Leningradi_Edasi_toimetus, lk 215
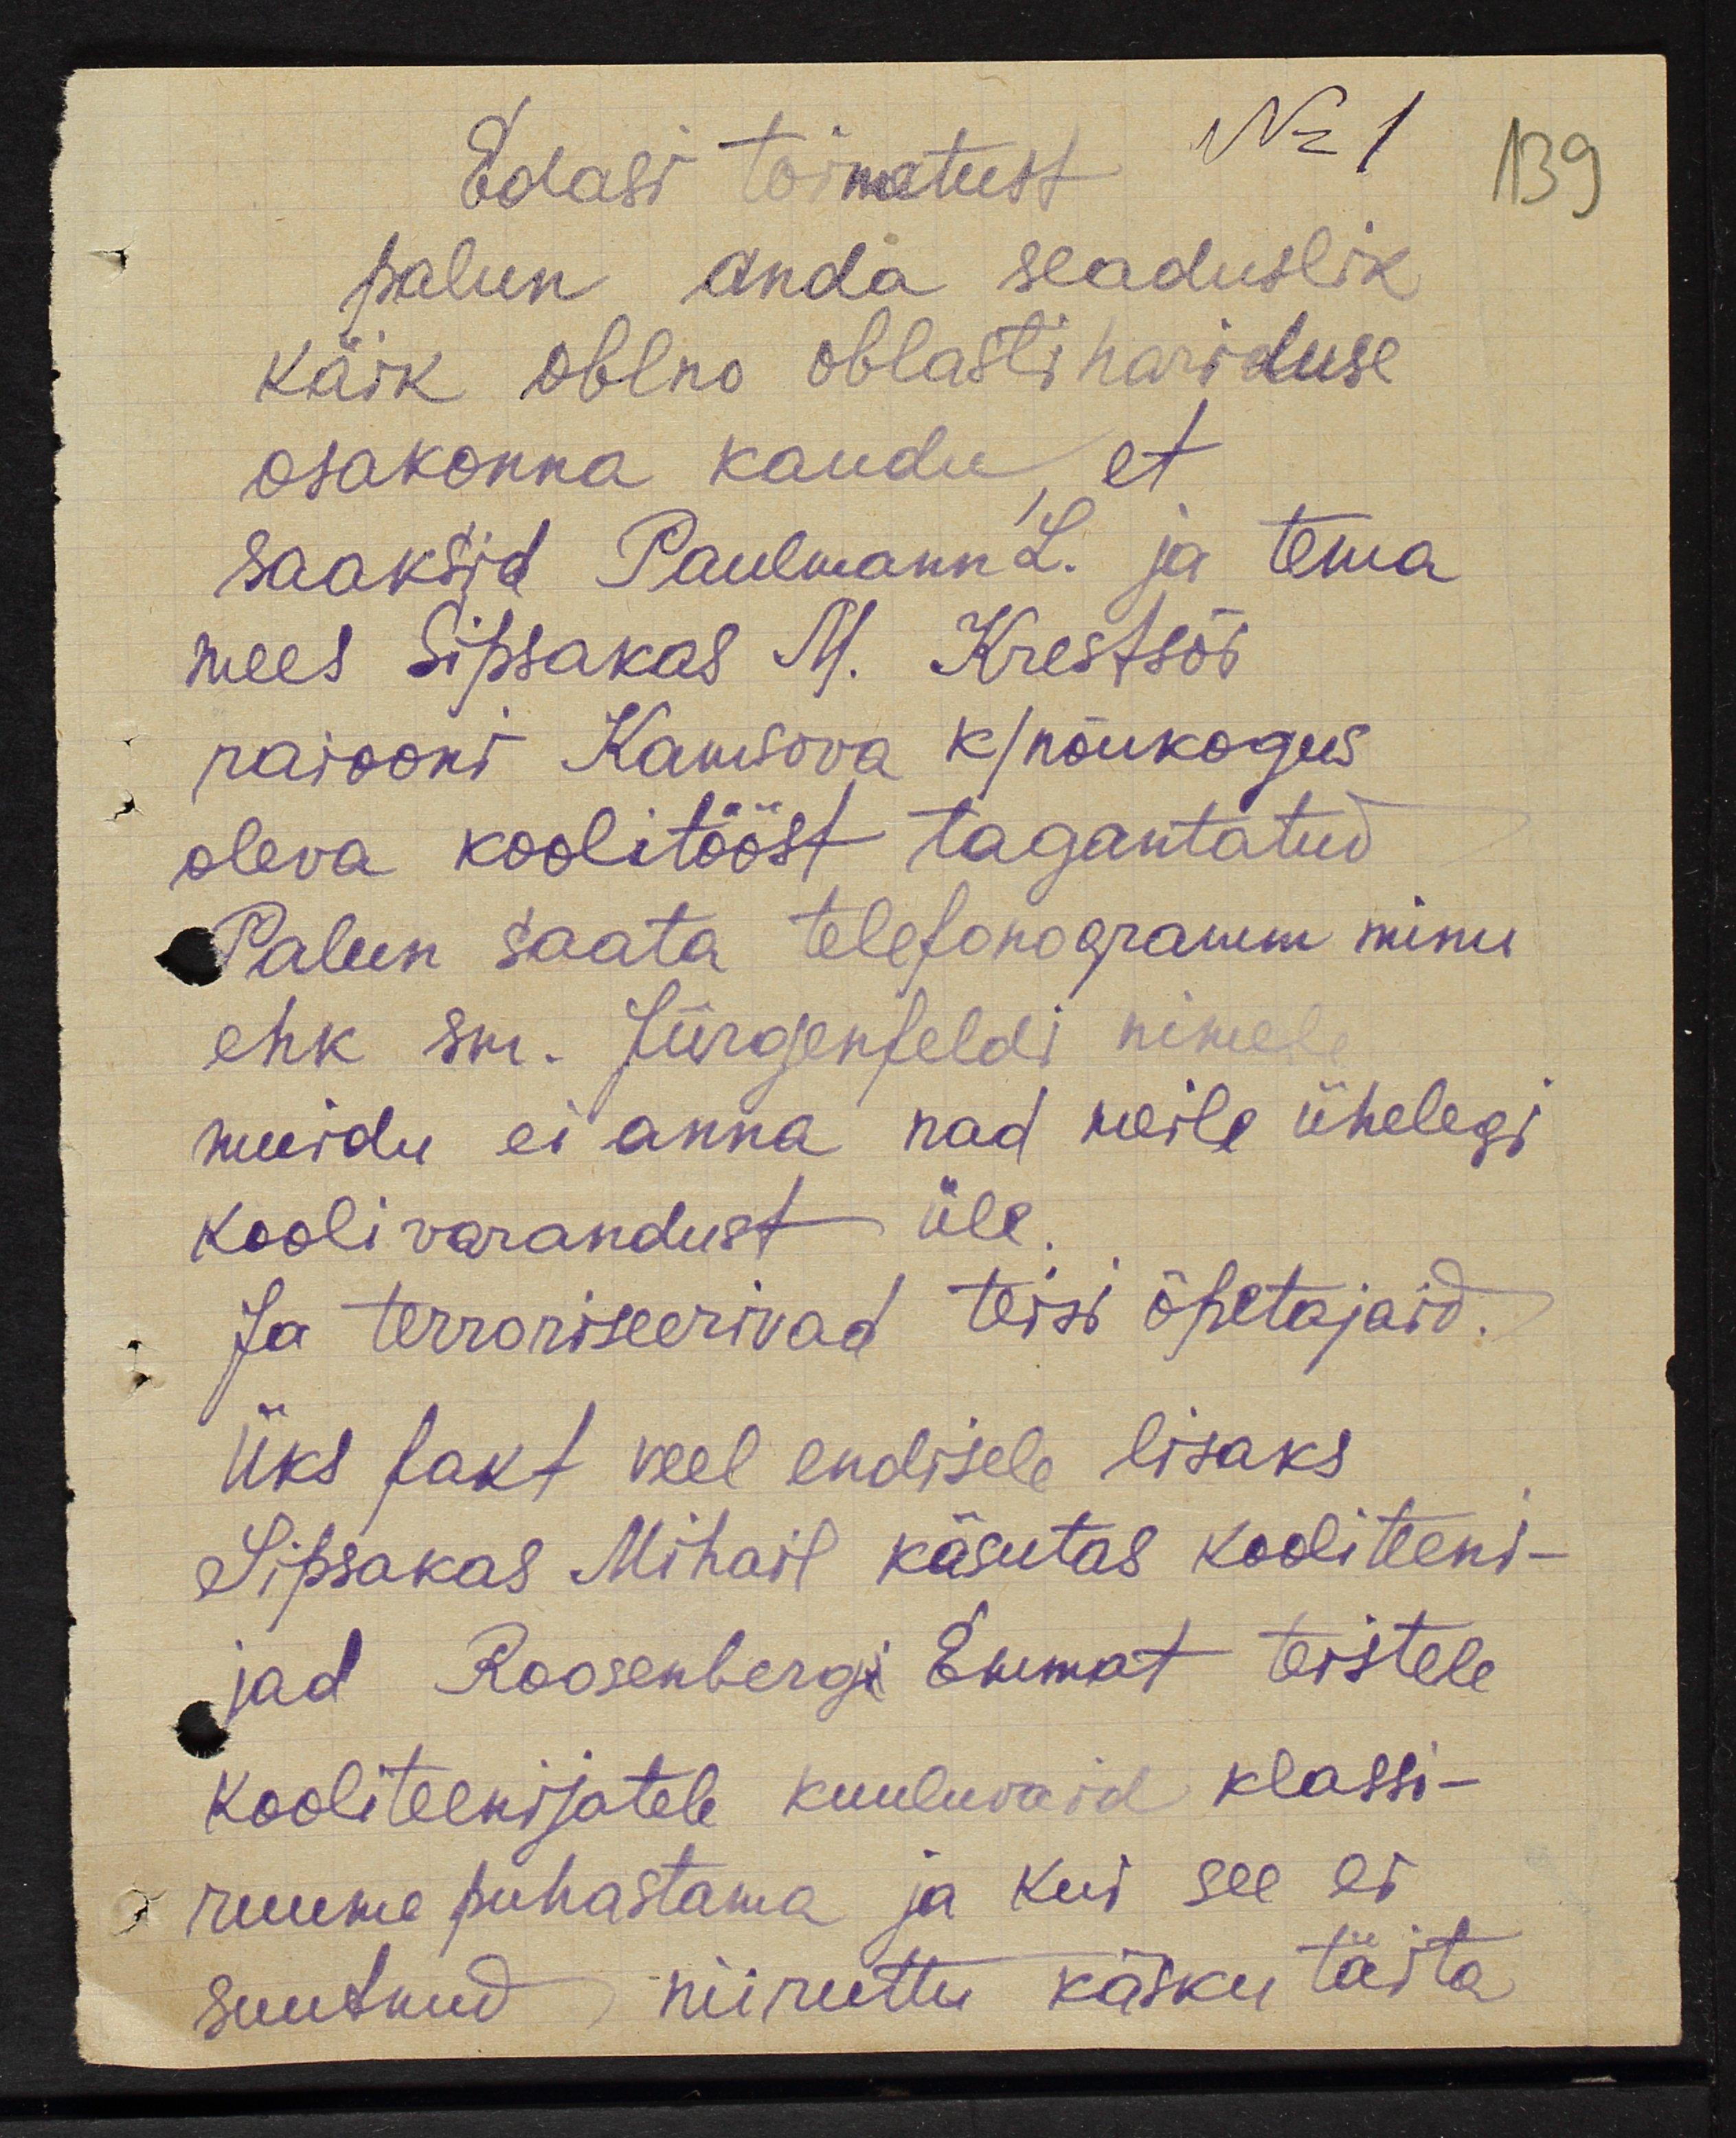
Edasi toimatust No 1
139
palun anda seaduslik
käik oblno oblasti hariduse
osakonna kaudu et
saaksid Paulmann L. ja tema
mees Sipsakas M. Krestsõi
raiooni Kamsova k/nõukogus
oleva koolitööst tagantatud
Palun saata telefonogramm minu
ehk sm. Jürgenfeldi nimele
muidu ei anna nad meile ühelegi
kooli varandust üle,
Ja terroriseerivad teisi õpetajaid.
Üks fakt veel endisele lisaks
Sipsakas Mihail käsutas kooliteeni-
jad Roosenberg Emmat teistele
kooliteenijatele kuuluvaid klassi-
ruume puhastama ja kui see ei
suutnud niiruttu käsku täita.